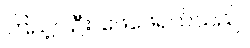
ကြည့်ပါဦး၊ ဖေဖေရယ်သည်။